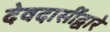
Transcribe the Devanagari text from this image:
देवदासींद्वारे